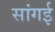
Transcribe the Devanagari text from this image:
सांगई